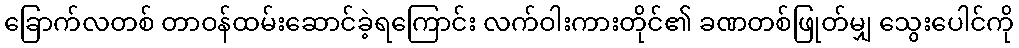
ခြောက်လတစ် တာဝန်ထမ်းဆောင်ခဲ့ရကြောင်း လက်ဝါးကားတိုင်၏ ခဏတစ်ဖြုတ်မျှ သွေးပေါင်ကို